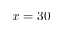
x = 3 0